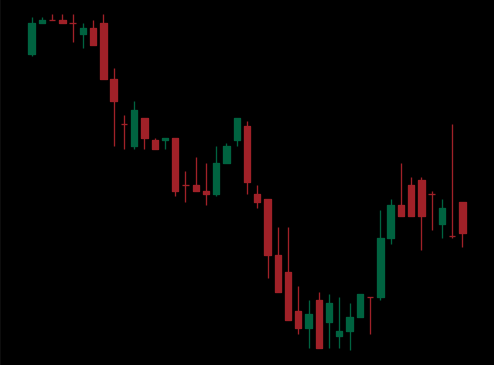
Pattern: bull_flag